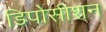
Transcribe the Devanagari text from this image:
डिपोसीशन